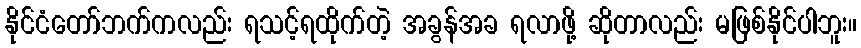
နိုင်ငံတော်ဘက်ကလည်း ရသင့်ရထိုက်တဲ့ အခွန်အခ ရလာဖို့ ဆိုတာလည်း မဖြစ်နိုင်ပါဘူး။